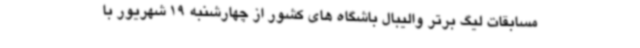
مسابقات لیگ برتر والیبال باشگاه های کشور از چهارشنبه 19 شهریور با